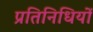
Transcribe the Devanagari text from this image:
प्रतिनिधियों